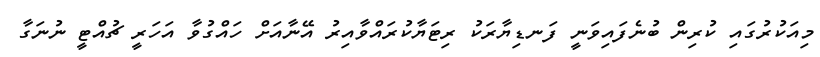
މިއަކުރުގައި ކުރިން ބުނެފައިވަނީ ފަނޑިޔާރަކު ރިޓަޔާކުރައްވާއިރު އޭނާއަށް ހައްގުވާ އަހަރީ ޗުއްޓީ ނުނަގާ